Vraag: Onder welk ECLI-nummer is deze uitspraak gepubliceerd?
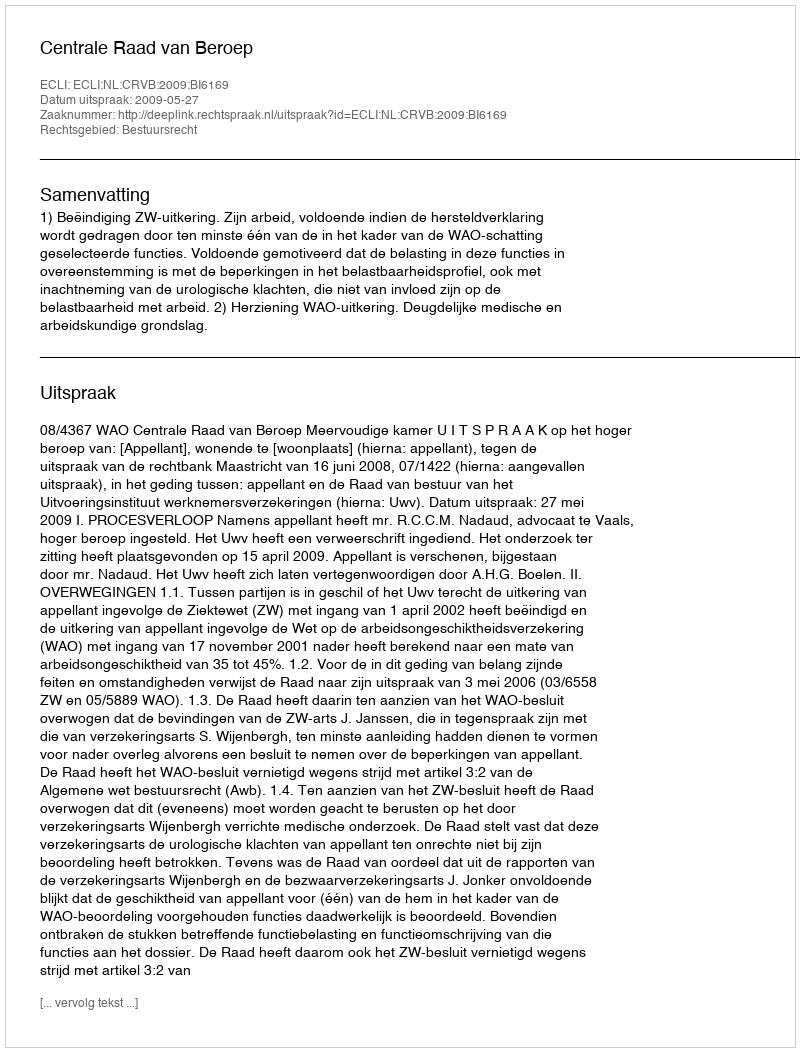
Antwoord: ECLI:NL:CRVB:2009:BI6169